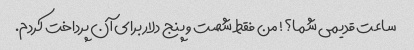
ساعت قدیمی شما؟! من فقط شصت و پنج دلار برای آن پرداخت کردم.